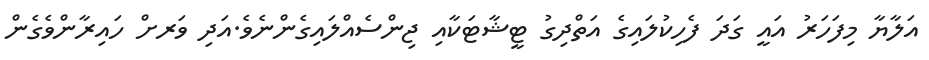
އަލާޔާ މިފަހަރު އައީ ގަދަ ފެހިކުލައިގެ އަތްދިގު ޓީޝާޓަކާއި ޖިންސެއްލައިގެންނެވެ.އަދި ވަރށް ހައިރާންވެގެން